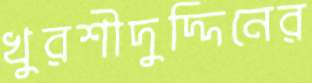
খুরশীদুদ্দিনের